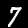
Label: 7